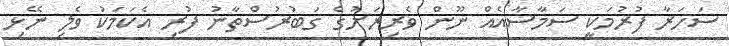
ސަހަރާ ފުރުމަކީ ސަމާސާއެއް ނޫން ވެރިރަށުގެ ގަބުރުސްތާނު ފުރި އެކަމަކު ވެލި ނޭޅި